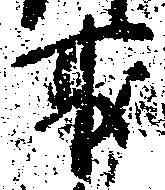
取